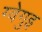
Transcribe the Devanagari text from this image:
ग्वेगुइ